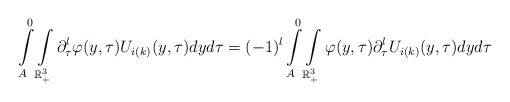
\begin{align*}\int\limits_{A}^{0}\int\limits_{\mathbb{R}^{3}_{+}}\partial_{\tau}^{l}\varphi(y,\tau)U_{i(k)}(y,\tau) dy d\tau= (-1)^{l}\int\limits_{A}^{0}\int\limits_{\mathbb{R}^{3}_{+}}\varphi(y,\tau)\partial_{\tau}^{l}U_{i(k)}(y,\tau) dy d\tau\end{align*}